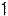
1